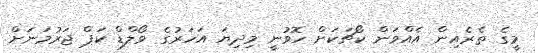
މީގެ ތެރެއިން އެއްވަން ކޯޗަކަށް ހޮވުނީ މިދިޔަ އަހަރުގެ ވޯލްޑް ކަޕް ޖަރުމަނަށް